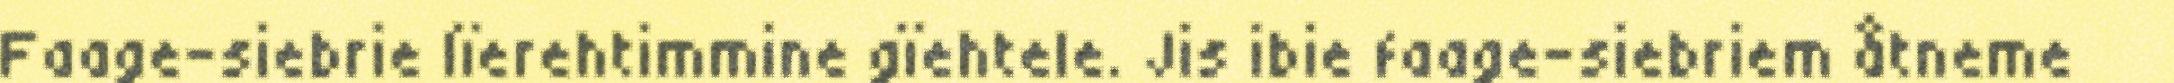
Faage-siebrie lïerehtimmine gïehtele. Jis ibie faage-siebriem åtneme